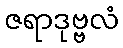
ဇရာဒုဗ္ဗလံ